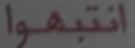
انتبهوا